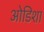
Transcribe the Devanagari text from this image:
ओडिशा